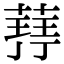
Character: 𮐥